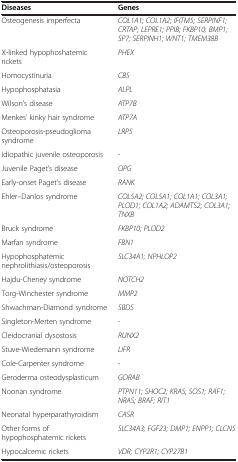
| Diseases | Genes |
 | --- | --- |
 | Osteogenesis imperfecta | COL1A1; COL1A2; IFITM5; SERPINF1; CRTAP; LEPRE1; PPIB; FKBP10; BMP1; SP7; SERPINH1; WNT1; TMEM38B |
 | X-linked hypophoshatemic rickets | PHEX |
 | Homocystinuria | CBS |
 | Hypophosphatasia | ALPL |
 | Wilson’s disease | ATP7B |
 | Menkes’ kinky hair syndrome | ATP7A |
 | Osteoporosis-pseudoglioma syndrome | LRP5 |
 | Idiopathic juvenile osteoporosis | - |
 | Juvenile Paget’s disease | OPG |
 | Early-onset Paget’s disease | RANK |
 | Ehler–Danlos syndrome | COL5A2; COL5A1; COL1A1; COL3A1; PLOD1; COL1A2; ADAMTS2; COL3A1; TNXB |
 | Bruck syndrome | FKBP10; PLOD2 |
 | Marfan syndrome | FBN1 |
 | Hypophosphatemic nephrolithiasis/osteoporosis | SLC34A1; NPHLOP2 |
 | Hajdu-Cheney syndrome | NOTCH2 |
 | Torg-Winchester syndrome | MMP2 |
 | Shwachman-Diamond syndrome | SBDS |
 | Singleton-Merten syndrome | - |
 | Cleidocranial dysostosis | RUNX2 |
 | Stuve-Wiedemann syndrome | LIFR |
 | Cole-Carpenter syndrome | - |
 | Geroderma osteodysplasticum | GORAB |
 | Noonan syndrome | PTPN11; SHOC2; KRAS; SOS1; RAF1; NRAS; BRAF; RIT1 |
 | Neonatal hyperparathyroidism | CASR |
 | Other forms of hypophosphatemic rickets | SLC34A3; FGF23; DMP1; ENPP1; CLCN5 |
 | Hypocalcemic rickets | VDR; CYP2R1; CYP27B1 |